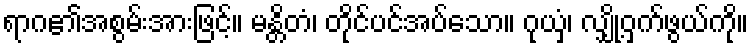
ရာဂ၏အစွမ်းအားဖြင့်။ မန္တိတံ၊ တိုင်ပင်အပ်သော။ ဂုယှံ၊ လျှို့ဝှက်ဖွယ်ကို။